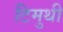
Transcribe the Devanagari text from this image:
टिमुथी